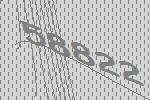
58822